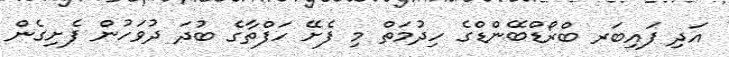
އަދި ފައިބަރ ބްރޯޑްބޭންޑްގެ ހިދުމަތް މި ފެށޭ ހަފްތާގެ ބުދަ ދުވަހުން ފެށިގެން